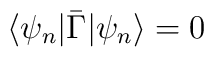
\langle \psi_{n}|\bar{\Gamma}|\psi_{n}\rangle=0